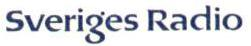
Sveriges Radio